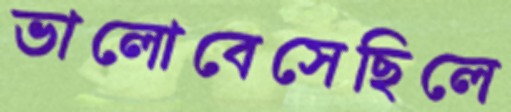
ভালোবেসেছিলে